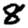
Digit: 8